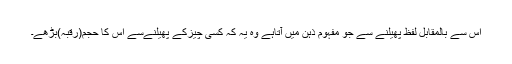
اس سے بالمقابل لفظ پھیلنے سے جو مفہوم ذہن میں آتاہے وہ یہ کہ کسی چیزکے پھیلنےسے اس کا حجم(رقبہ)بڑھے۔